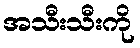
အသီးသီးကို